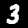
Label: 3